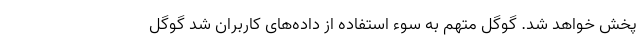
پخش خواهد شد. گوگل متهم به سوء استفاده از داده‌های کاربران شد گوگل